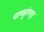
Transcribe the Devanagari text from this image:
पाण्डुरंगपूर